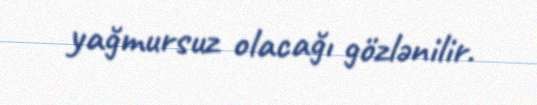
yağmursuz olacağı gözlənilir.